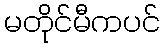
မတိုင်မီကပင်